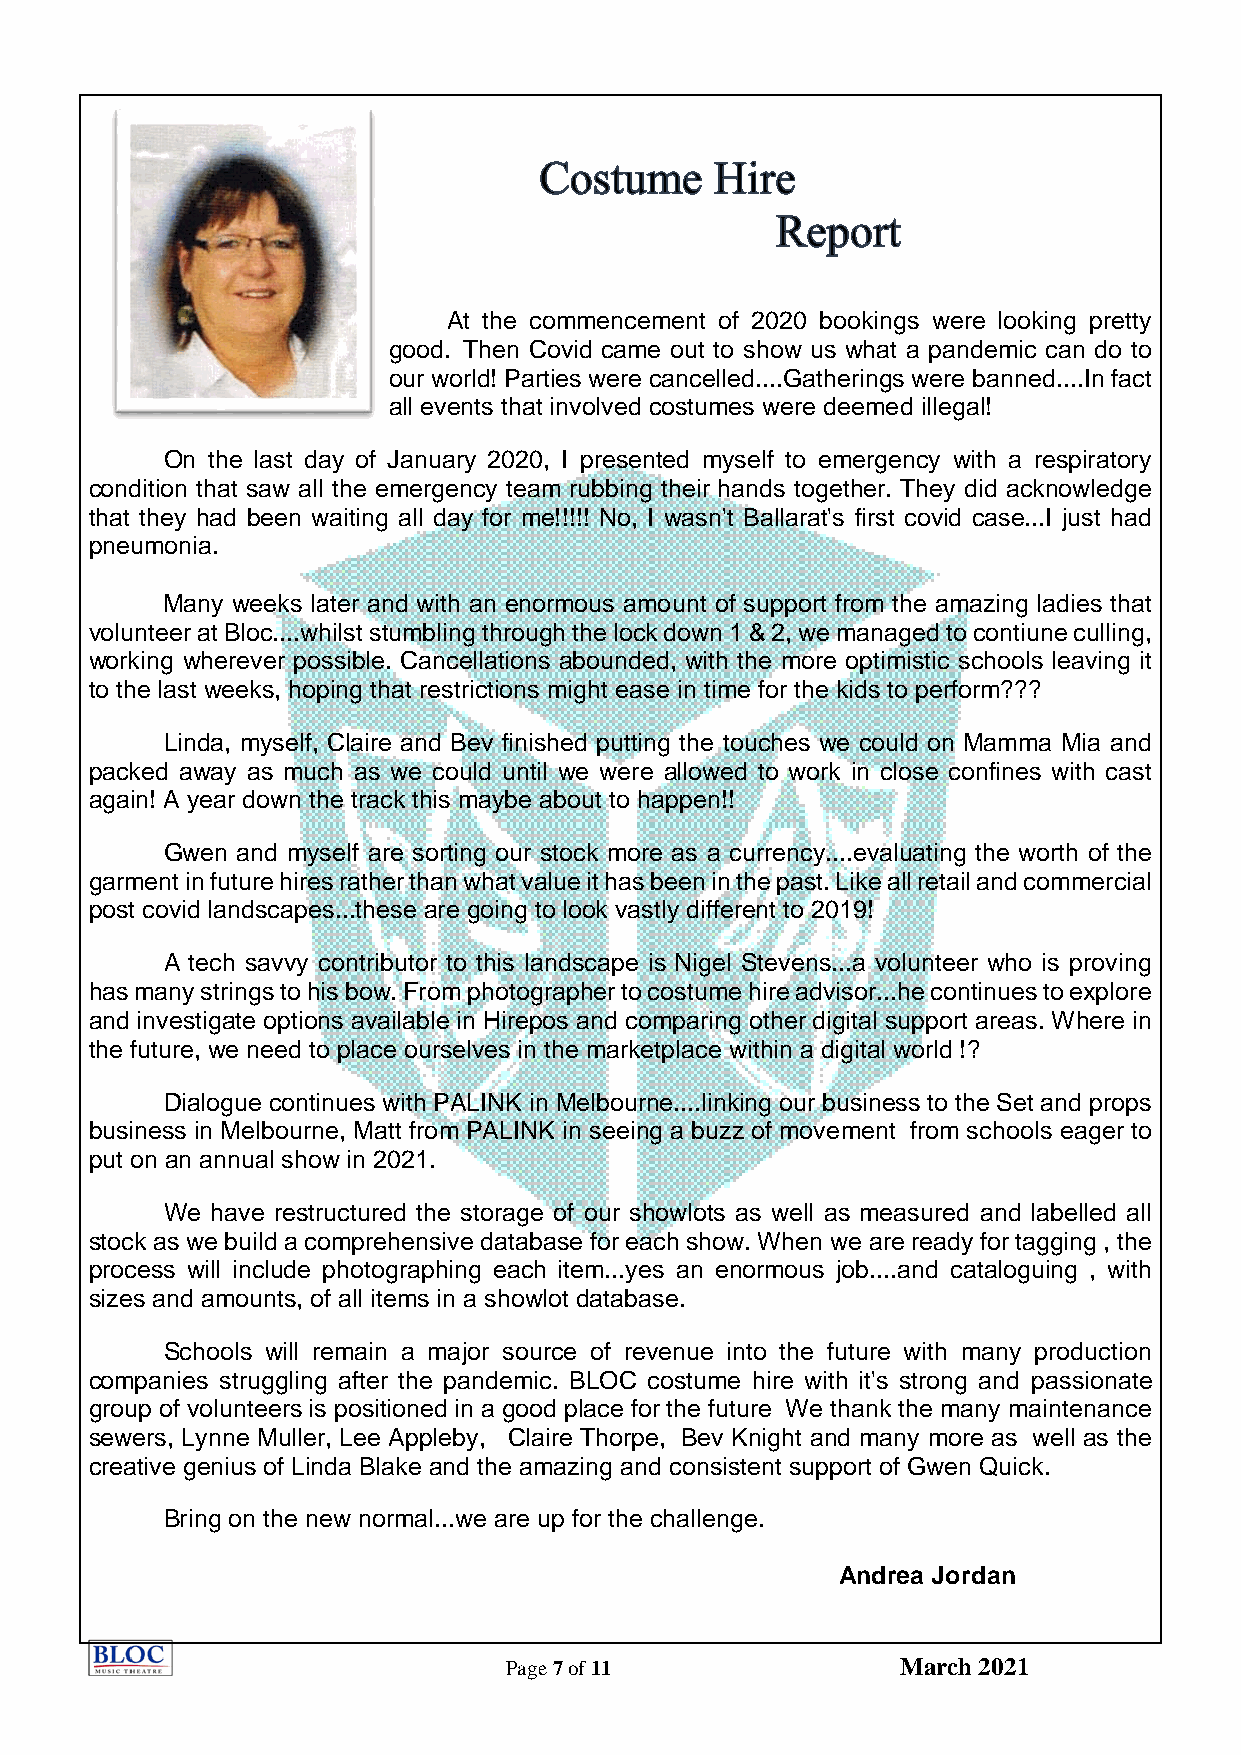
At the commencement of 2020 bookings were looking pretty
 good. Then Covid came out to show us what a pandemic can do to
 our world! Parties were cancelled....Gatherings were banned....In fact
 all events that involved costumes were deemed illegal!
 On the last day of January 2020, I presented myself to emergency with a respiratory
 condition that saw all the emergency team rubbing their hands together. They did acknowledge
 that they had been waiting all day for me!!!!! No, I wasn't Ballarat's first covid case...I just had
 pneumonia.
 Many weeks later and with an enormous amount of support from the amazing ladies that
 volunteer at Bloc....whilst stumbling through the lock down 1 & 2, we managed to contiune culling,
 working wherever possible. Cancellations abounded, with the more optimistic schools leaving it
 to the last weeks, hoping that restrictions might ease in time for the kids to perform???
 Linda, myself, Claire and Bev finished putting the touches we could on Mamma Mia and
 packed away as much as we could until we were allowed to work in close confines with cast
 again! A year down the track this maybe about to happen!!
 Gwen and myself are sorting our stock more as a currency....evaluating the worth of the
 garment in future hires rather than what value it has been in the past. Like all retail and commercial
 post covid landscapes...these are going to look vastly different to 2019!
 A tech savvy contributor to this landscape is Nigel Stevens...a volunteer who is proving
 has many strings to his bow. From photographer to costume hire advisor...he continues to explore
 and investigate options available in Hirepos and comparing other digital support areas. Where in
 the future, we need to place ourselves in the marketplace within a digital world !?
 Dialogue continues with PALINK in Melbourne....linking our business to the Set and props
 business in Melbourne, Matt from PALINK in seeing a buzz of movement from schools eager to
 put on an annual show in 2021.
 We have restructured the storage of our showlots as well as measured and labelled all
 stock as we build a comprehensive database for each show. When we are ready for tagging , the
 process will include photographing each item...yes an enormous job....and cataloguing , with
 sizes and amounts, of all items in a showlot database.
 Schools will remain a major source of revenue into the future with many production
 companies struggling after the pandemic. BLOC costume hire with it's strong and passionate
 group of volunteers is positioned in a good place for the future We thank the many maintenance
 sewers, Lynne Muller, Lee Appleby, Claire Thorpe, Bev Knight and many more as well as the
 creative genius of Linda Blake and the amazing and consistent support of Gwen Quick.
 Bring on the new normal...we are up for the challenge.
 Andrea Jordan
 Page 7 of 11              March 2021